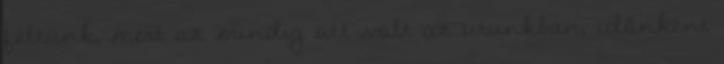
féltünk, mert az mindig ott volt az utunkban, időnként